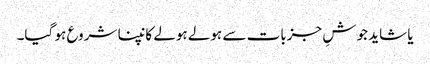
یا شاید جوشِ جزبات سے ہولے ہولے کانپنا شروع ہو گیا۔